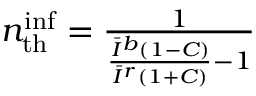
\begin{array} { r } { n _ { \mathrm { t h } } ^ { \mathrm { i n f } } = \frac { 1 } { \frac { \Bar { I } ^ { b } ( 1 - C ) } { \Bar { I } ^ { r } ( 1 + C ) } - 1 } } \end{array}